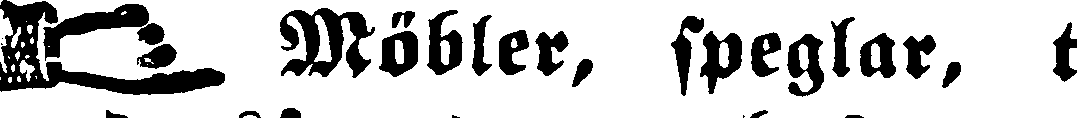
Möbler, speglar, t